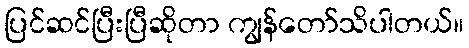
ပြင်ဆင်ပြီးပြီဆိုတာ ကျွန်တော်သိပါတယ်။